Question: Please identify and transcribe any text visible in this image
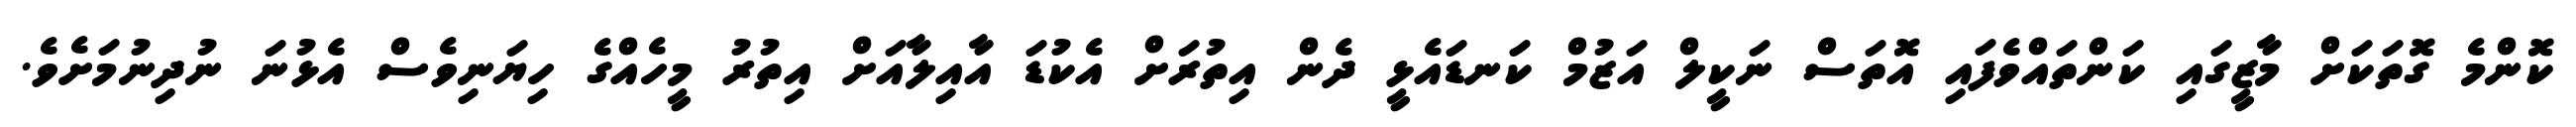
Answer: ކޮންމެ ގޮތަކަށް މާޒީގައި ކަންތައްވެފައި އޮތަސް ނަކީލް އަޒުމް ކަނޑައެޅީ ދެން އިތުރަށް އެކުޑަ އާއިލާއަށް އިތުރު މީހެއްގެ ހިޔަނިވެސް އެޅުނަ ނުދިނުމަށެވެ.